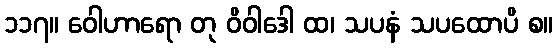
၁၁၇။ ဝေါဟာရော တု ဝိဝါဒေါ ထ၊ သပနံ သပထောပိ စ။